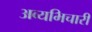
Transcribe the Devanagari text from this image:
अव्यभिचारी